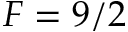
F = 9 / 2